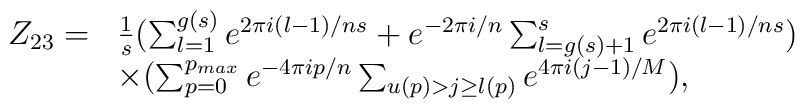
\begin{array}{ll}Z_{23}= & \frac{1}{s}(\sum_{l=1}^{g(s)}e^{2\pi i (l-1)/ns}+e^{-2\pi i/n}\sum_{l=g(s)+1}^{s}e^{2\pi i (l-1)/ns}) \\        & \times(\sum_{p=0}^{p_{max}} e^{-4 \pi i p/n}\sum_{u(p) > j \geq l(p)}e^{4\pi i(j-1)/M}),\end{array}